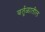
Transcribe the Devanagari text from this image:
वर्तूळातील